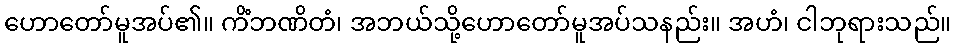
ဟောတော်မူအပ်၏။ ကိံဘဏိတံ၊ အဘယ်သို့ဟောတော်မူအပ်သနည်း။ အဟံ၊ ငါဘုရားသည်။